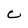
Character: C